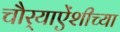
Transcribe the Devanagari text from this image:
चौर्‍याऐंशीच्या